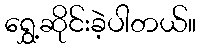
ရွှေ့ဆိုင်းခဲ့ပါတယ်။